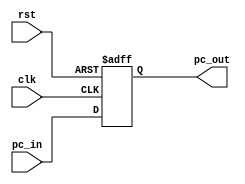
module pc (
	
	input clk, rst,
	input [7:0] pc_in,

	output reg [7:0] pc_out

);
	initial begin
		pc_out <= 8'b0;
	end
	always @(posedge clk or posedge rst) begin
		if (rst) begin
			pc_out <= 8'b0;
		end 
		else begin
			pc_out <= pc_in;
		end
	end
endmodule